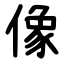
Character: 像